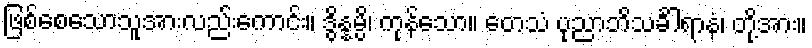
ဖြစ်စေသောသူအားလည်းကောင်း။ ဒွိန္နမ္ပိ၊ ကုန်သော။ တေသံ ပုညာဘိသင်္ခါရာနံ၊ တို့အား။